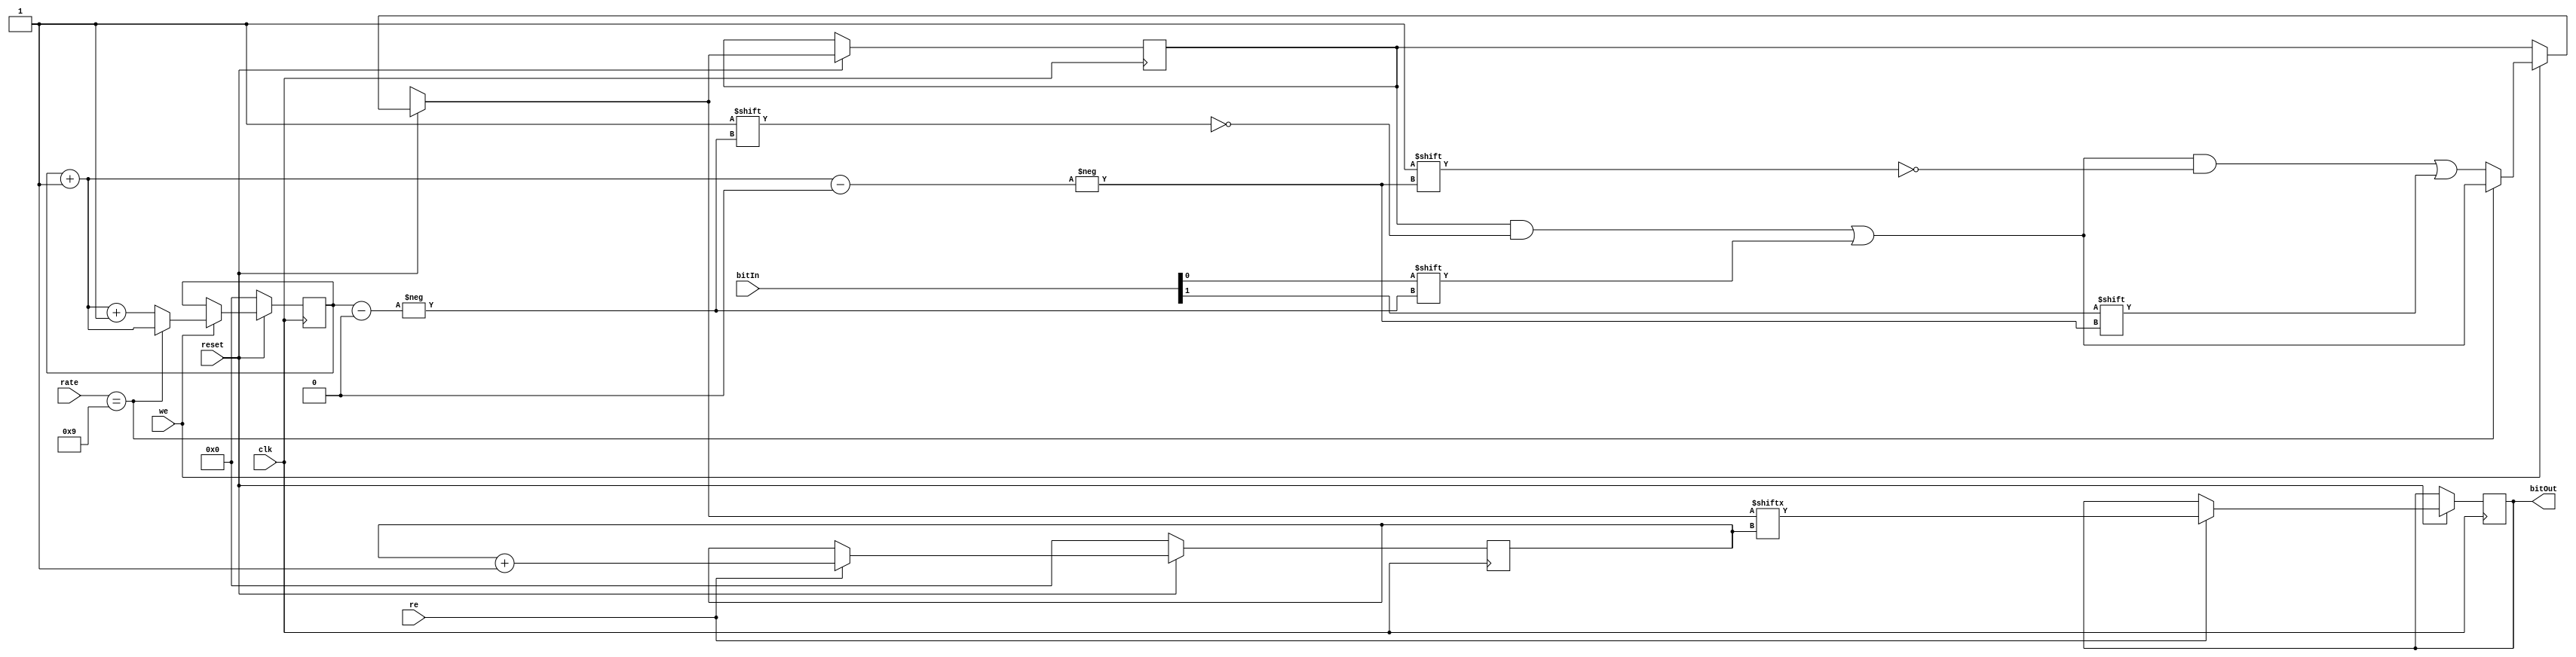
`timescale 1ns / 1ps
//////////////////////////////////////////////////////////////////////////////////
// Company: 
// Engineer: 
// 
// Design Name: 
// Module Name:    memEnc 
// Project Name: 
// Target Devices: 
// Tool versions: 
// Description: 
//
// Dependencies: 
//
// Revision: 
// Revision 0.01 - File Created
// Additional Comments: 
//
//////////////////////////////////////////////////////////////////////////////////
module memEnc( input [1:0]bitIn,
					input [3:0]rate, 
					input clk,
					input reset,
					input we,
					input re,
					output reg bitOut
    );
	 
	 reg [4095:0] m;
	 reg  [11:0]wcounter, rcounter;
	 always @(posedge clk)
		begin
			if (reset)
				begin
						if (we == 1'b1)	
							begin
								if (rate == 4'b1001)
									begin
										m[wcounter] = bitIn[0];
										wcounter = wcounter + 1'b1;
									end
								else
									begin
										m[wcounter] = bitIn[0];
										wcounter = wcounter + 1'b1;
										m[wcounter] = bitIn[1];
										wcounter = wcounter + 1'b1;
									end
							end
						if (re == 1'b1)
							begin
								bitOut= m[rcounter];
								rcounter = rcounter + 1'b1;
							end
								
				end
			else
				begin	
					rcounter = 0;
					wcounter = 0;
				end
		end


endmodule